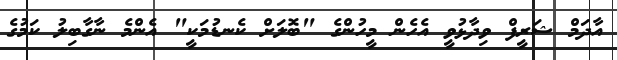
އާދަމް ޝަރީފް ވިދާޅުވީ އެހެން މީހުންގެ "ބޮލަށް ކެނޑުމަކީ" އެންމެ ނާގާބިލު ކަމުގެ